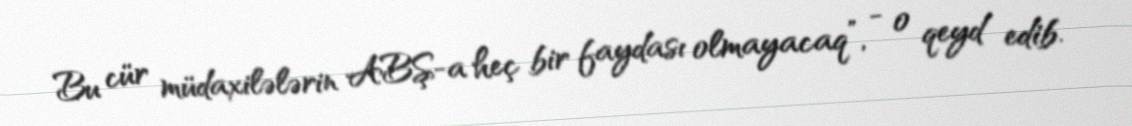
Bu cür müdaxilələrin ABŞ-a heç bir faydası olmayacaq”, - o qeyd edib.